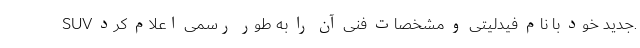
SUV جدید خود با نام فیدلیتی و مشخصات فنی آن را به طور رسمی اعلام کرد.